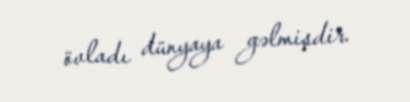
övladı dünyaya gəlmişdir.